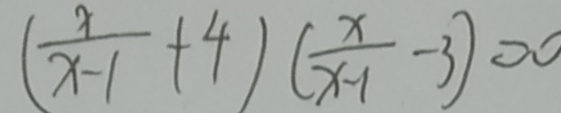
( \frac { x } { x - 1 } + 4 ) ( \frac { x } { x - 1 } - 3 ) = 0